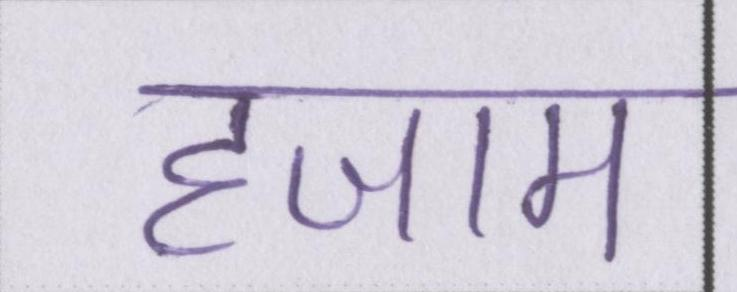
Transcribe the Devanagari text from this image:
हजाम